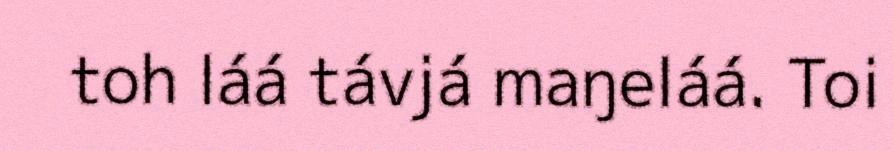
toh láá távjá maŋeláá. Toi